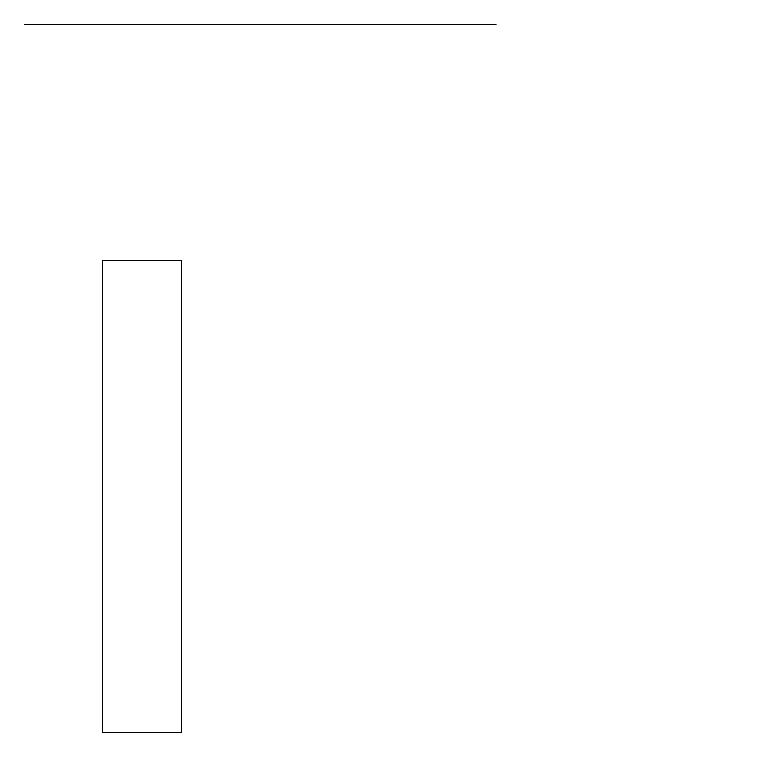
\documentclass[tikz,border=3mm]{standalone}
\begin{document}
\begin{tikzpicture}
\draw (11,10) circle (0);
\draw (2,19) rectangle (8,19);
\draw (3,10) rectangle (4,16);
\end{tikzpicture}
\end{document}